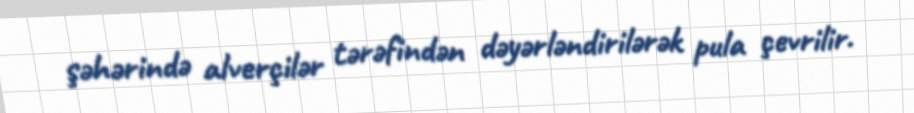
şəhərində alverçilər tərəfindən dəyərləndirilərək pula çevrilir.